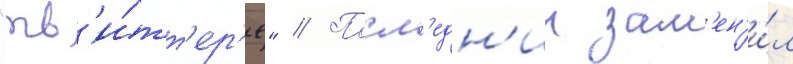
"тв'и́тт'ер'е" // Посл'едн'ии зам'ен'и́л